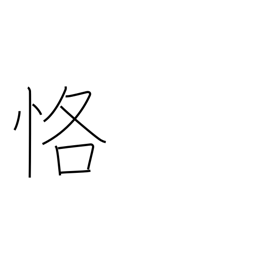
Meaning: carefulness